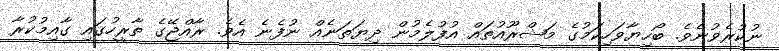
ނުކުރެވުނެވެ. ބޯހިޔާވަހިކަމުގެ މަޝްރޫއުތައް އުފުލެމުން ދިޔަތަނެއް ނުފެނެ އެވެ. ރާއްޖޭގެ ތާރީހުގައި ގާއިމުކުރާ